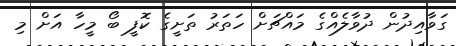
ގަވާއިދުން ދުވާލެއްގެ މައްޗަށް ހަތަރު ތަށީގެ ކޮފީ ބޯ މީހާ އަށް މި